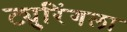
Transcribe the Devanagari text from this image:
ट्युरिंगला